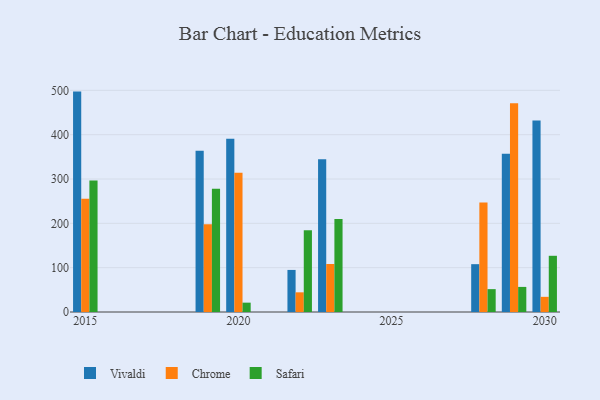
{"axis": {"x": "Year", "y": "Headcount"}, "legend": ["Chrome", "Safari", "Vivaldi"], "data": [{"x": "2022", "y": 94.9, "type": "Vivaldi"}, {"x": "2022", "y": 44.4, "type": "Chrome"}, {"x": "2022", "y": 184.4, "type": "Safari"}, {"x": "2029", "y": 357.0, "type": "Vivaldi"}, {"x": "2029", "y": 471.2, "type": "Chrome"}, {"x": "2029", "y": 56.6, "type": "Safari"}, {"x": "2030", "y": 431.9, "type": "Vivaldi"}, {"x": "2030", "y": 34.2, "type": "Chrome"}, {"x": "2030", "y": 126.8, "type": "Safari"}, {"x": "2028", "y": 107.9, "type": "Vivaldi"}, {"x": "2028", "y": 247.1, "type": "Chrome"}, {"x": "2028", "y": 51.6, "type": "Safari"}, {"x": "2023", "y": 344.7, "type": "Vivaldi"}, {"x": "2023", "y": 108.3, "type": "Chrome"}, {"x": "2023", "y": 209.6, "type": "Safari"}, {"x": "2020", "y": 390.8, "type": "Vivaldi"}, {"x": "2020", "y": 314.2, "type": "Chrome"}, {"x": "2020", "y": 21.1, "type": "Safari"}, {"x": "2015", "y": 497.2, "type": "Vivaldi"}, {"x": "2015", "y": 255.3, "type": "Chrome"}, {"x": "2015", "y": 296.5, "type": "Safari"}, {"x": "2019", "y": 364.0, "type": "Vivaldi"}, {"x": "2019", "y": 197.7, "type": "Chrome"}, {"x": "2019", "y": 278.3, "type": "Safari"}]}